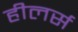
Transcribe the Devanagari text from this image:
हीलर्स